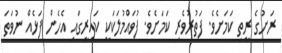
ރަށުގެ ރީތި ކަމަށެވެ. ފަތުރުވެރި ކަމަށެވެ. ފުވައްމުލަކަކީ ކައިރީގައި އެހެން ފަޅެއް ނުވަތަ